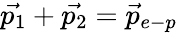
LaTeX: \vec{p_{1}}+\vec{p_{2}}=\vec{p}_{e-p}